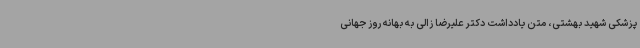
پزشکی شهید بهشتی، متن یادداشت دکتر علیرضا زالی به بهانه روز جهانی